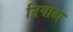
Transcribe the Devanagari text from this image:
निगाटा